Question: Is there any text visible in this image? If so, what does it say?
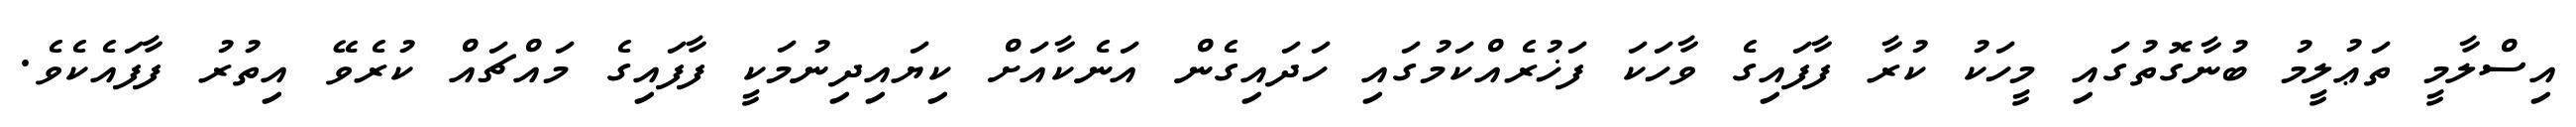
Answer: އިސްލާމީ ތަޢުލީމު ބުނާގޮތުގައި މީހަކު ކުރާ ފާފައިގެ ވާހަކަ ފަޚުރެއްކަމުގައި ހަދައިގެން އަނެކާއަށް ކިޔައިދިނުމަކީ ފާފައިގެ މައްޗައް ކުރެވޭ އިތުރު ފާފައެކެވެ.